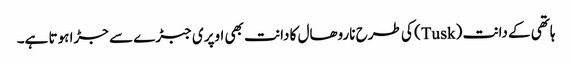
ہاتھی کے دانت (Tusk) کی طرح ناروھال کا دانت بھی اوپری جبڑے سے جڑا ہوتا ہے۔